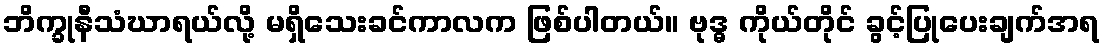
ဘိက္ခုနီသံဃာရယ်လို့ မရှိသေးခင်ကာလက ဖြစ်ပါတယ်။ ဗုဒ္ဓ ကိုယ်တိုင် ခွင့်ပြုပေးချက်အရ